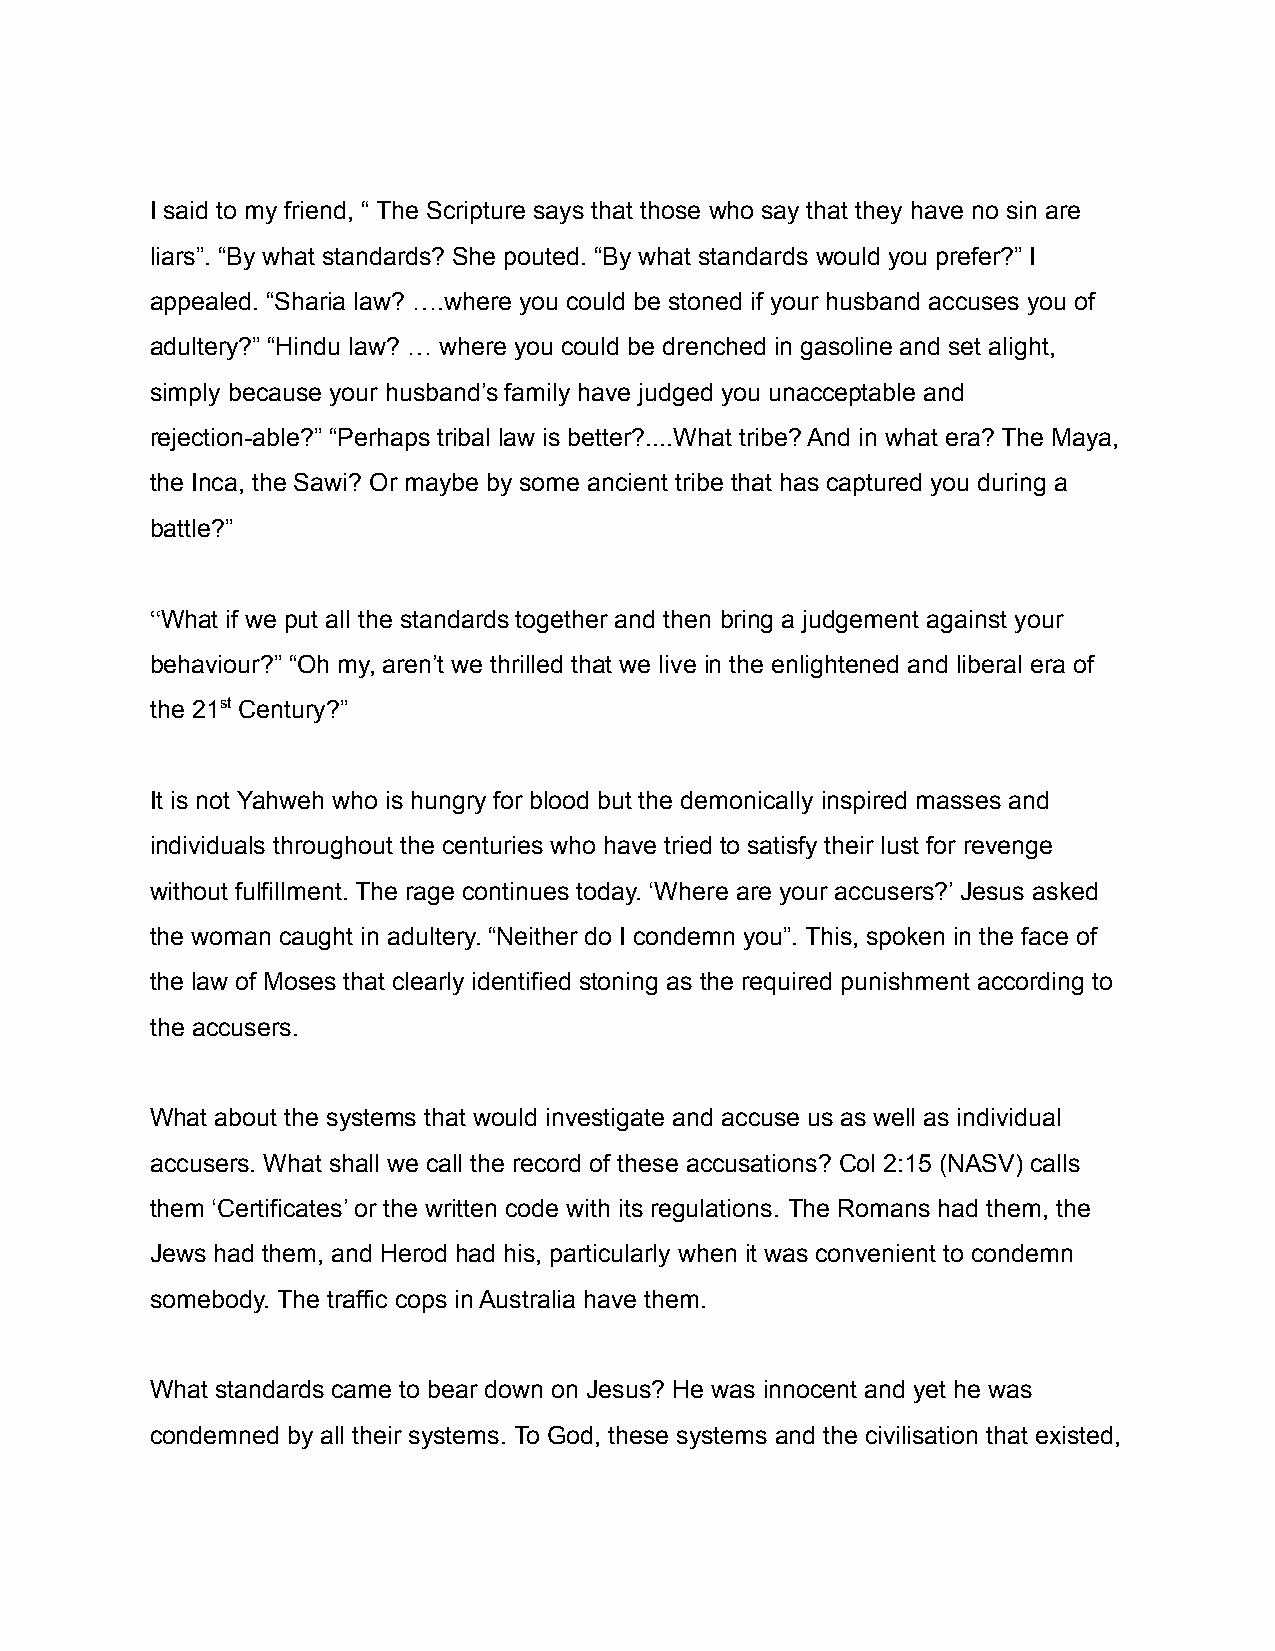
I said to my friend, “ The Scripture says that those who say that they have no sin are
 liars”. “By what standards? She pouted. “By what standards would you prefer?” I
 appealed. “Sharia law? ….where you could be stoned if your husband accuses you of
 adultery?” “Hindu law? … where you could be drenched in gasoline and set alight,
 simply because your husband’s family have judged you unacceptable and
 rejection-able?” “Perhaps tribal law is better?....What tribe? And in what era? The Maya,
 the Inca, the Sawi? Or maybe by some ancient tribe that has captured you during a
 battle?”
 “What if we put all the standards together and then bring a judgement against your
 behaviour?” “Oh my, aren’t we thrilled that we live in the enlightened and liberal era of
 the 21st Century?”
 It is not Yahweh who is hungry for blood but the demonically inspired masses and
 individuals throughout the centuries who have tried to satisfy their lust for revenge
 without fulfillment. The rage continues today. ‘Where are your accusers?’ Jesus asked
 the woman caught in adultery. “Neither do I condemn you”. This, spoken in the face of
 the law of Moses that clearly identified stoning as the required punishment according to
 the accusers.
 What about the systems that would investigate and accuse us as well as individual
 accusers. What shall we call the record of these accusations? Col 2:15 (NASV) calls
 them ‘Certificates’ or the written code with its regulations. The Romans had them, the
 Jews had them, and Herod had his, particularly when it was convenient to condemn
 somebody. The traffic cops in Australia have them.
 What standards came to bear down on Jesus? He was innocent and yet he was
 condemned by all their systems. To God, these systems and the civilisation that existed,